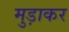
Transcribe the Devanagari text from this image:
मुड़ाकर